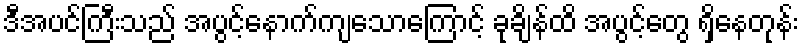
ဒီအပင်ကြီးသည် အပွင့်နောက်ကျသောကြောင့် ခုချိန်ထိ အပွင့်တွေ ရှိနေတုန်း